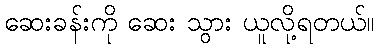
ဆေးခန်းကို ဆေး သွား ယူလို့ရတယ်။